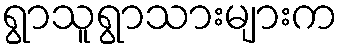
ရွာသူရွာသားများက